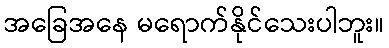
အခြေအနေ မရောက်နိုင်သေးပါဘူး။